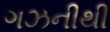
ગઝનીથી